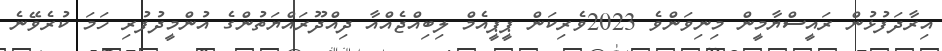
އިރާދަފުޅުން ރައީސްޔާމީން މިނިވަންވެ 2023ވެރިކަން ޕީޕީއެމް ލިބިއްޖެއްއާ ދިއްދޫރައްޔަތުންގެ އުންމީދުފުރި ހަމަ ކުރެވޭނެ